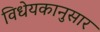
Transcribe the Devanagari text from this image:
विधेयकानुसार